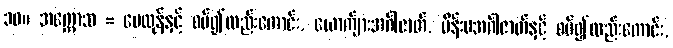
၁၀။ အက္ကောသ = မေထုန်နှင့် စပ်၍လည်းကောင်း, ယောက်ျားအင်္ဂါဇာတ်, မိန်းမအင်္ဂါဇာတ်နှင့် စပ်၍လည်းကောင်း,